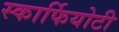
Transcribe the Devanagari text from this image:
स्कार्फियोटी